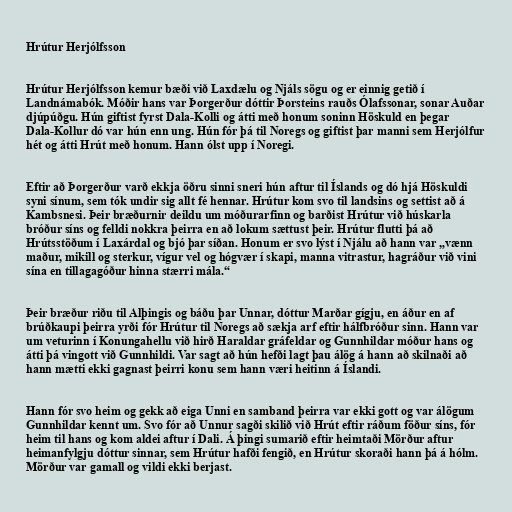
Hrútur Herjólfsson

Hrútur Herjólfsson kemur bæði við Laxdælu og Njáls sögu og er einnig getið í
Landnámabók. Móðir hans var Þorgerður dóttir Þorsteins rauðs Ólafssonar, sonar Auðar
djúpúðgu. Hún giftist fyrst Dala-Kolli og átti með honum soninn Höskuld en þegar
Dala-Kollur dó var hún enn ung. Hún fór þá til Noregs og giftist þar manni sem Herjólfur
hét og átti Hrút með honum. Hann ólst upp í Noregi.

Eftir að Þorgerður varð ekkja öðru sinni sneri hún aftur til Íslands og dó hjá Höskuldi
syni sínum, sem tók undir sig allt fé hennar. Hrútur kom svo til landsins og settist að á
Kambsnesi. Þeir bræðurnir deildu um móðurarfinn og barðist Hrútur við húskarla
bróður síns og felldi nokkra þeirra en að lokum sættust þeir. Hrútur flutti þá að
Hrútsstöðum í Laxárdal og bjó þar síðan. Honum er svo lýst í Njálu að hann var „vænn
maður, mikill og sterkur, vígur vel og hógvær í skapi, manna vitrastur, hagráður við vini
sína en tillagagóður hinna stærri mála.“

Þeir bræður riðu til Alþingis og báðu þar Unnar, dóttur Marðar gígju, en áður en af
brúðkaupi þeirra yrði fór Hrútur til Noregs að sækja arf eftir hálfbróður sinn. Hann var
um veturinn í Konungahellu við hirð Haraldar gráfeldar og Gunnhildar móður hans og
átti þá vingott við Gunnhildi. Var sagt að hún hefði lagt þau álög á hann að skilnaði að
hann mætti ekki gagnast þeirri konu sem hann væri heitinn á Íslandi.

Hann fór svo heim og gekk að eiga Unni en samband þeirra var ekki gott og var álögum
Gunnhildar kennt um. Svo fór að Unnur sagði skilið við Hrút eftir ráðum föður síns, fór
heim til hans og kom aldei aftur í Dali. Á þingi sumarið eftir heimtaði Mörður aftur
heimanfylgju dóttur sinnar, sem Hrútur hafði fengið, en Hrútur skoraði hann þá á hólm.
Mörður var gamall og vildi ekki berjast.